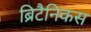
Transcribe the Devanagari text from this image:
ब्रिटैनिकस